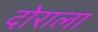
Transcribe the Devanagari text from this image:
दोराला